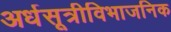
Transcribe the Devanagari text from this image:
अर्धसूत्रीविभाजनिक